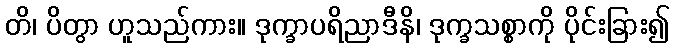
တိ၊ ပိတွာ ဟူသည်ကား။ ဒုက္ခာပရိညာဒီနိ၊ ဒုက္ခသစ္စာကို ပိုင်းခြား၍